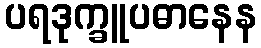
ပရဒုက္ခူပဓာနေန